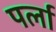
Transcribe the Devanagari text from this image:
पर्ला